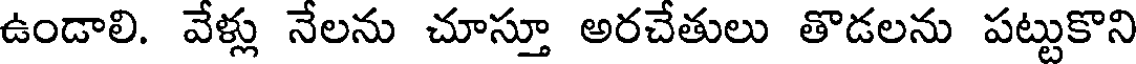
ఉండాలి. వేళ్లు నేలను చూస్తూ అరచేతులు తొడలను పట్టుకొని